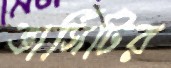
ভার্সিটির